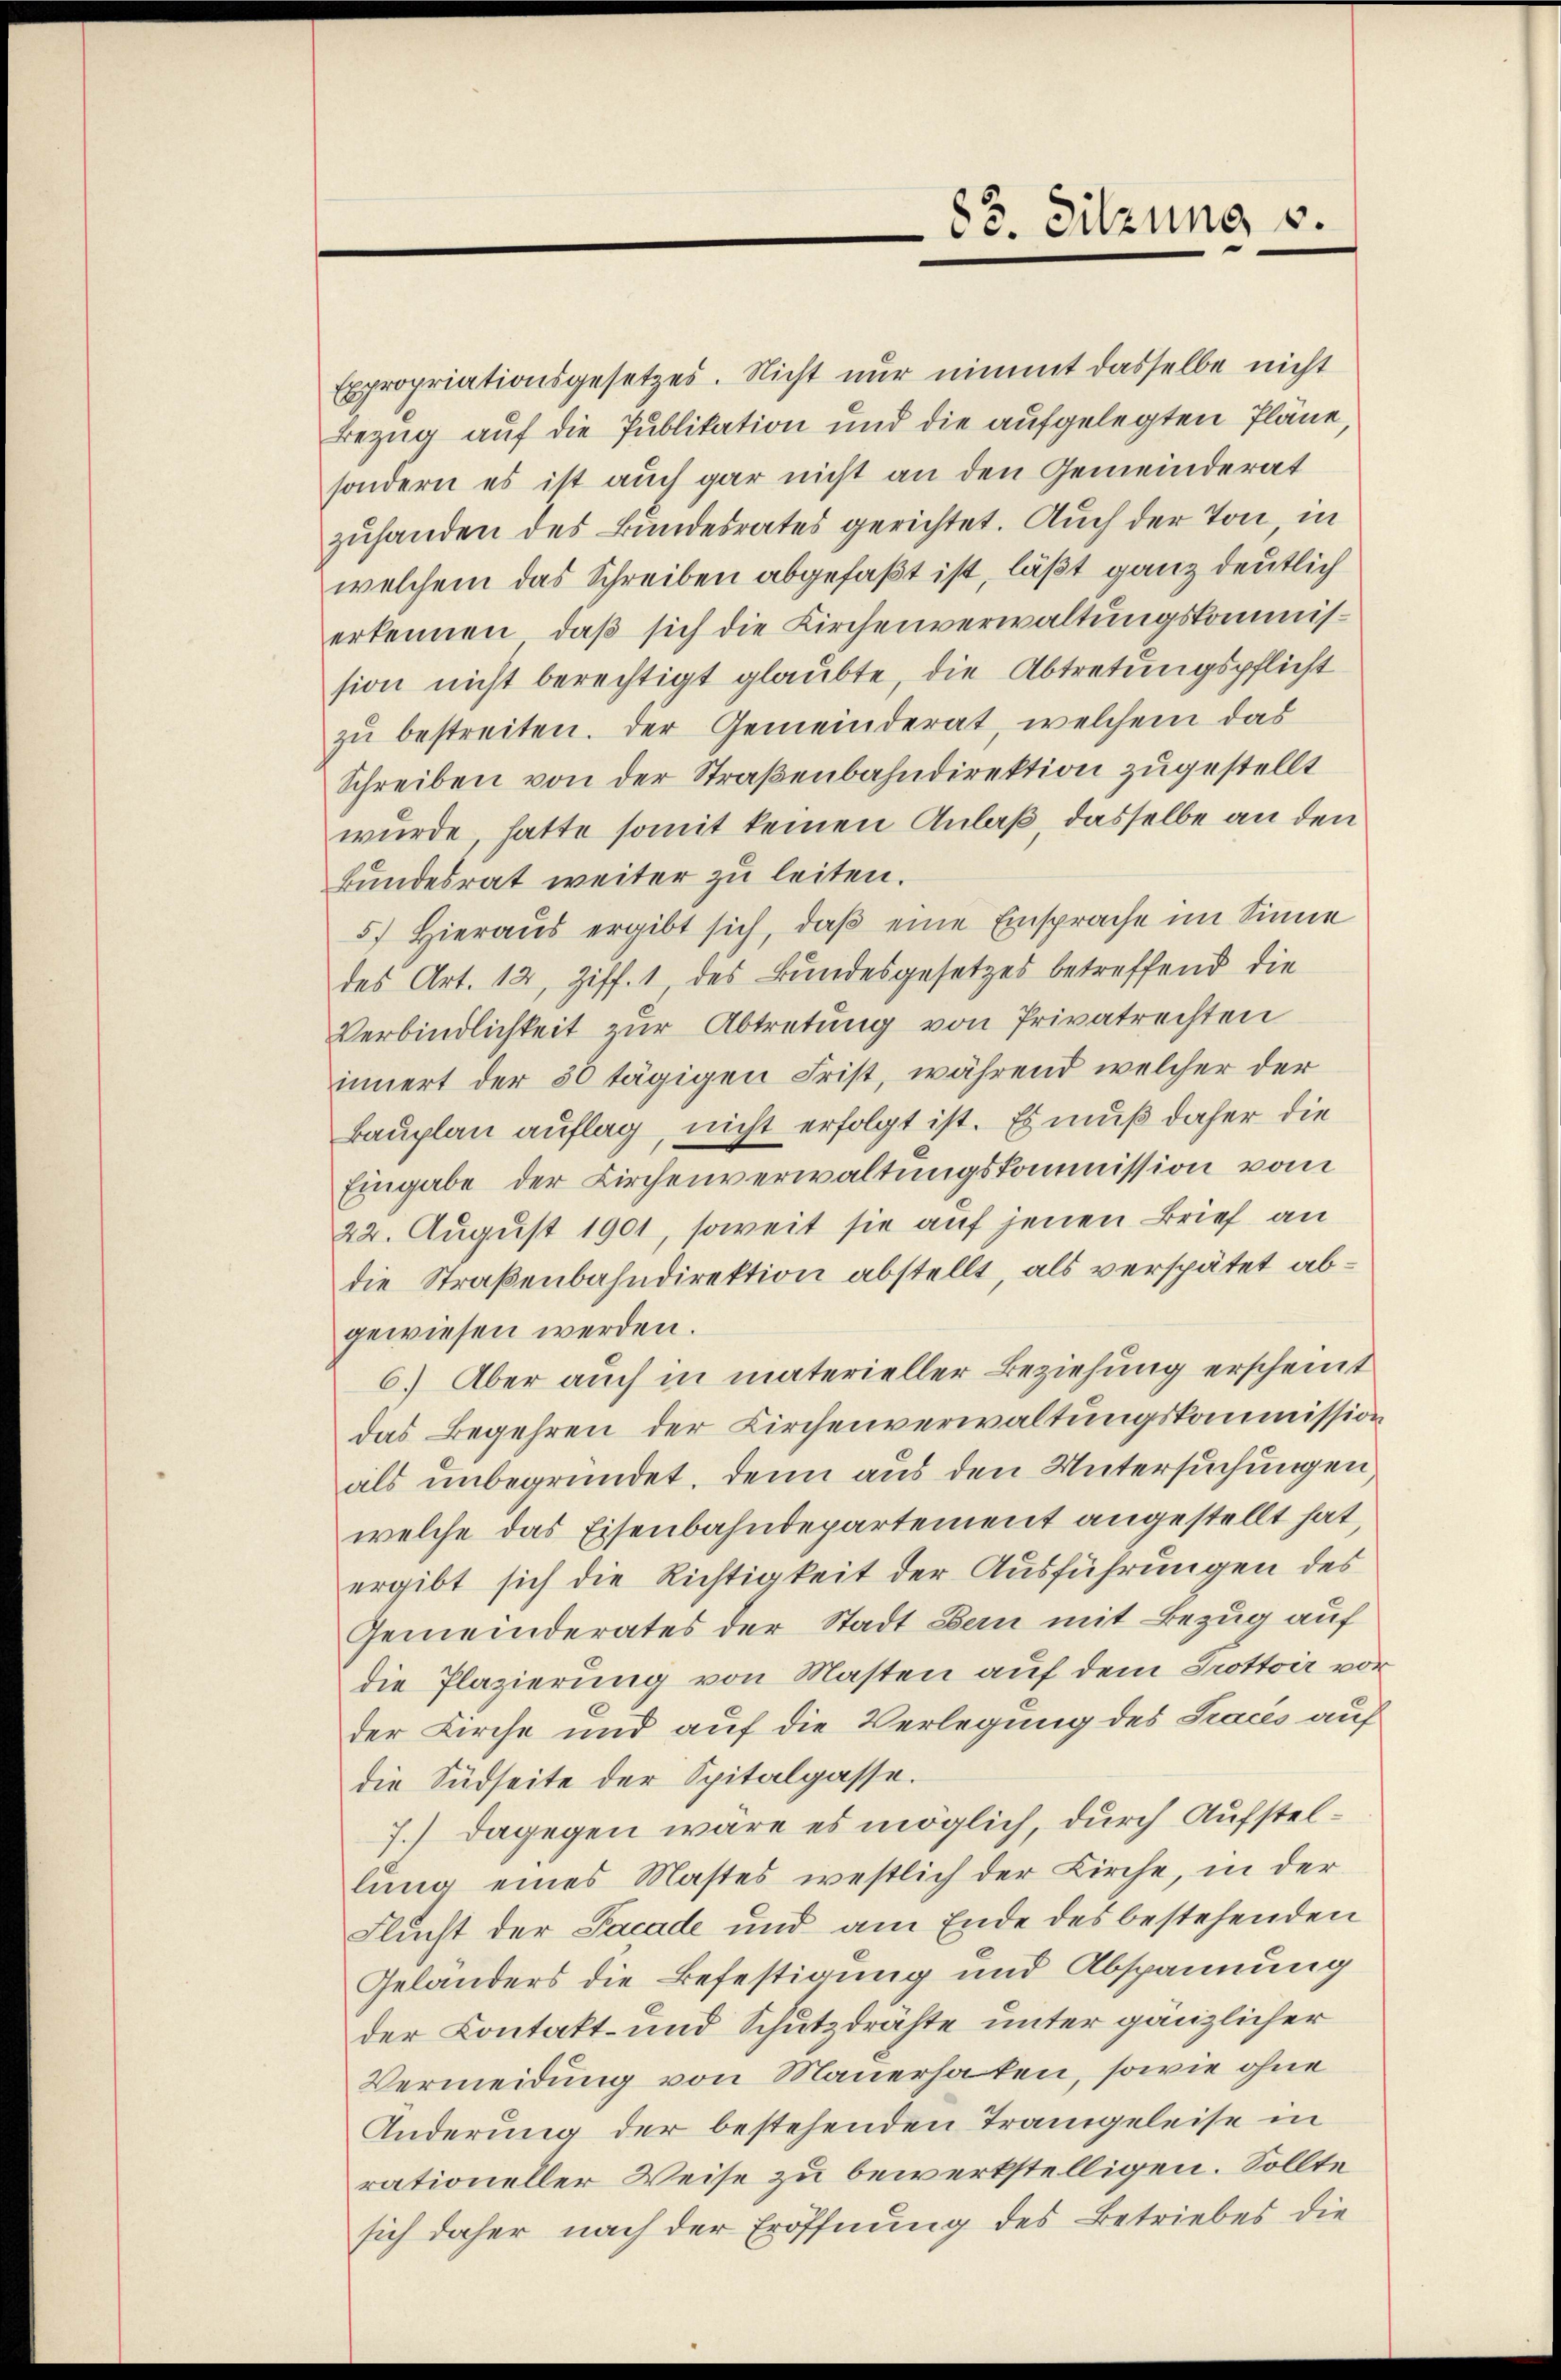
Expropriationsgesetzes. Nicht nur nimmt dasselbe nicht
Bezug auf die Publikation und die aufgelegten Pläne,
sondern es ist auch gar nicht an den Gemeinderat
zuhanden des Bundesrates gerichtet. Auch der Ton in
welchem das Schreiben abgefaßt ist, läßt ganz deutlich
erkennen, daß sich die Kirchenverwaltungskommission nicht berechtigt glaubte, die Abtretungspflicht
zu bestreiten. Der Gemeinderat, welchem das
Schreiben von der Straßenbahndirektion zugestellt
wurde, hatte somit keinen Anlaß, dasselbe an den
Bundesrat weiter zu leiten.
5. Hieraŭs ergibt sich, daβ eine Einsprache im Sinne
des Art. 12, Ziff. 1 des Bundesgesetzes betreffend die
Verbindlichkeit zur Abtretung von Privatrechten
innert der 50 tägigen Frist, während welcher der
Bauplan auflag, nicht erfolgt ist. Es muß daher die
Eingabe der Kirchenverwaltungskommission vom
22. August 1901, soweit sie auf jenen Brief an
die Straßenbahndirektion abstellt, als verspätet abgewiesen werden.
6.) Aber auch in materieller Beziehung erscheint
das Begehren der Kirchenverwaltungskommission
als unbegründet, denn aus den Untersuchungen
welche das Eisenbahndepartement angestellt hat,
ergibt sich die Richtigkeit der Ausführungen des
Gemeinderates der Stadt Bern mit Bezug auf
die Plazierung von Masten auf dem Trottoir von
der Kirche und auf die Verlegung des Tracés auf
die Südseite der Spitalgasse.
7.) Dagegen wäre es möglich, durch Aufstellung eines Mastes westlich der Kirche, in der
Flucht der Facade und am Ende des bestehenden
Geländers die Befestigung und Abspannung
der Contakt- und Schutzdrähte unter gänzlicher
Vermeidung von Mauerhaten, sowie ohne
Änderung der bestehenden Trangeleise in
rationeller Weise zu bewerkstelligen. Sollte
sich daher nach der Eröffnung des Betriebes die

83. Sitzung v.